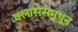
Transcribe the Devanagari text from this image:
क्लासेसमधून